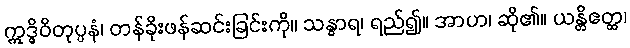
ဣဒ္ဓိဝိတုပ္ပနံ၊ တန်ခိုးဖန်ဆင်းခြင်းကို။ သန္ဓာရ၊ ရည်၍။ အာဟ၊ ဆို၏။ ယန္တိဧတ္ထ၊